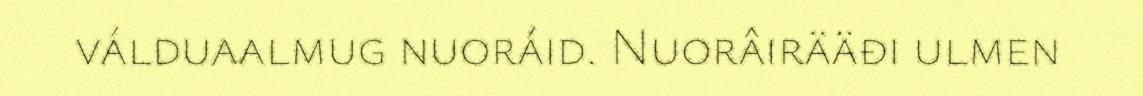
válduaalmug nuoráid. Nuorâirääđi ulmen